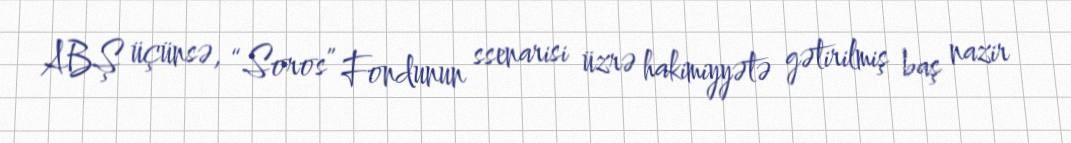
ABŞ üçünsə, “Soros” Fondunun ssenarisi üzrə hakimiyyətə gətirilmiş baş nazir